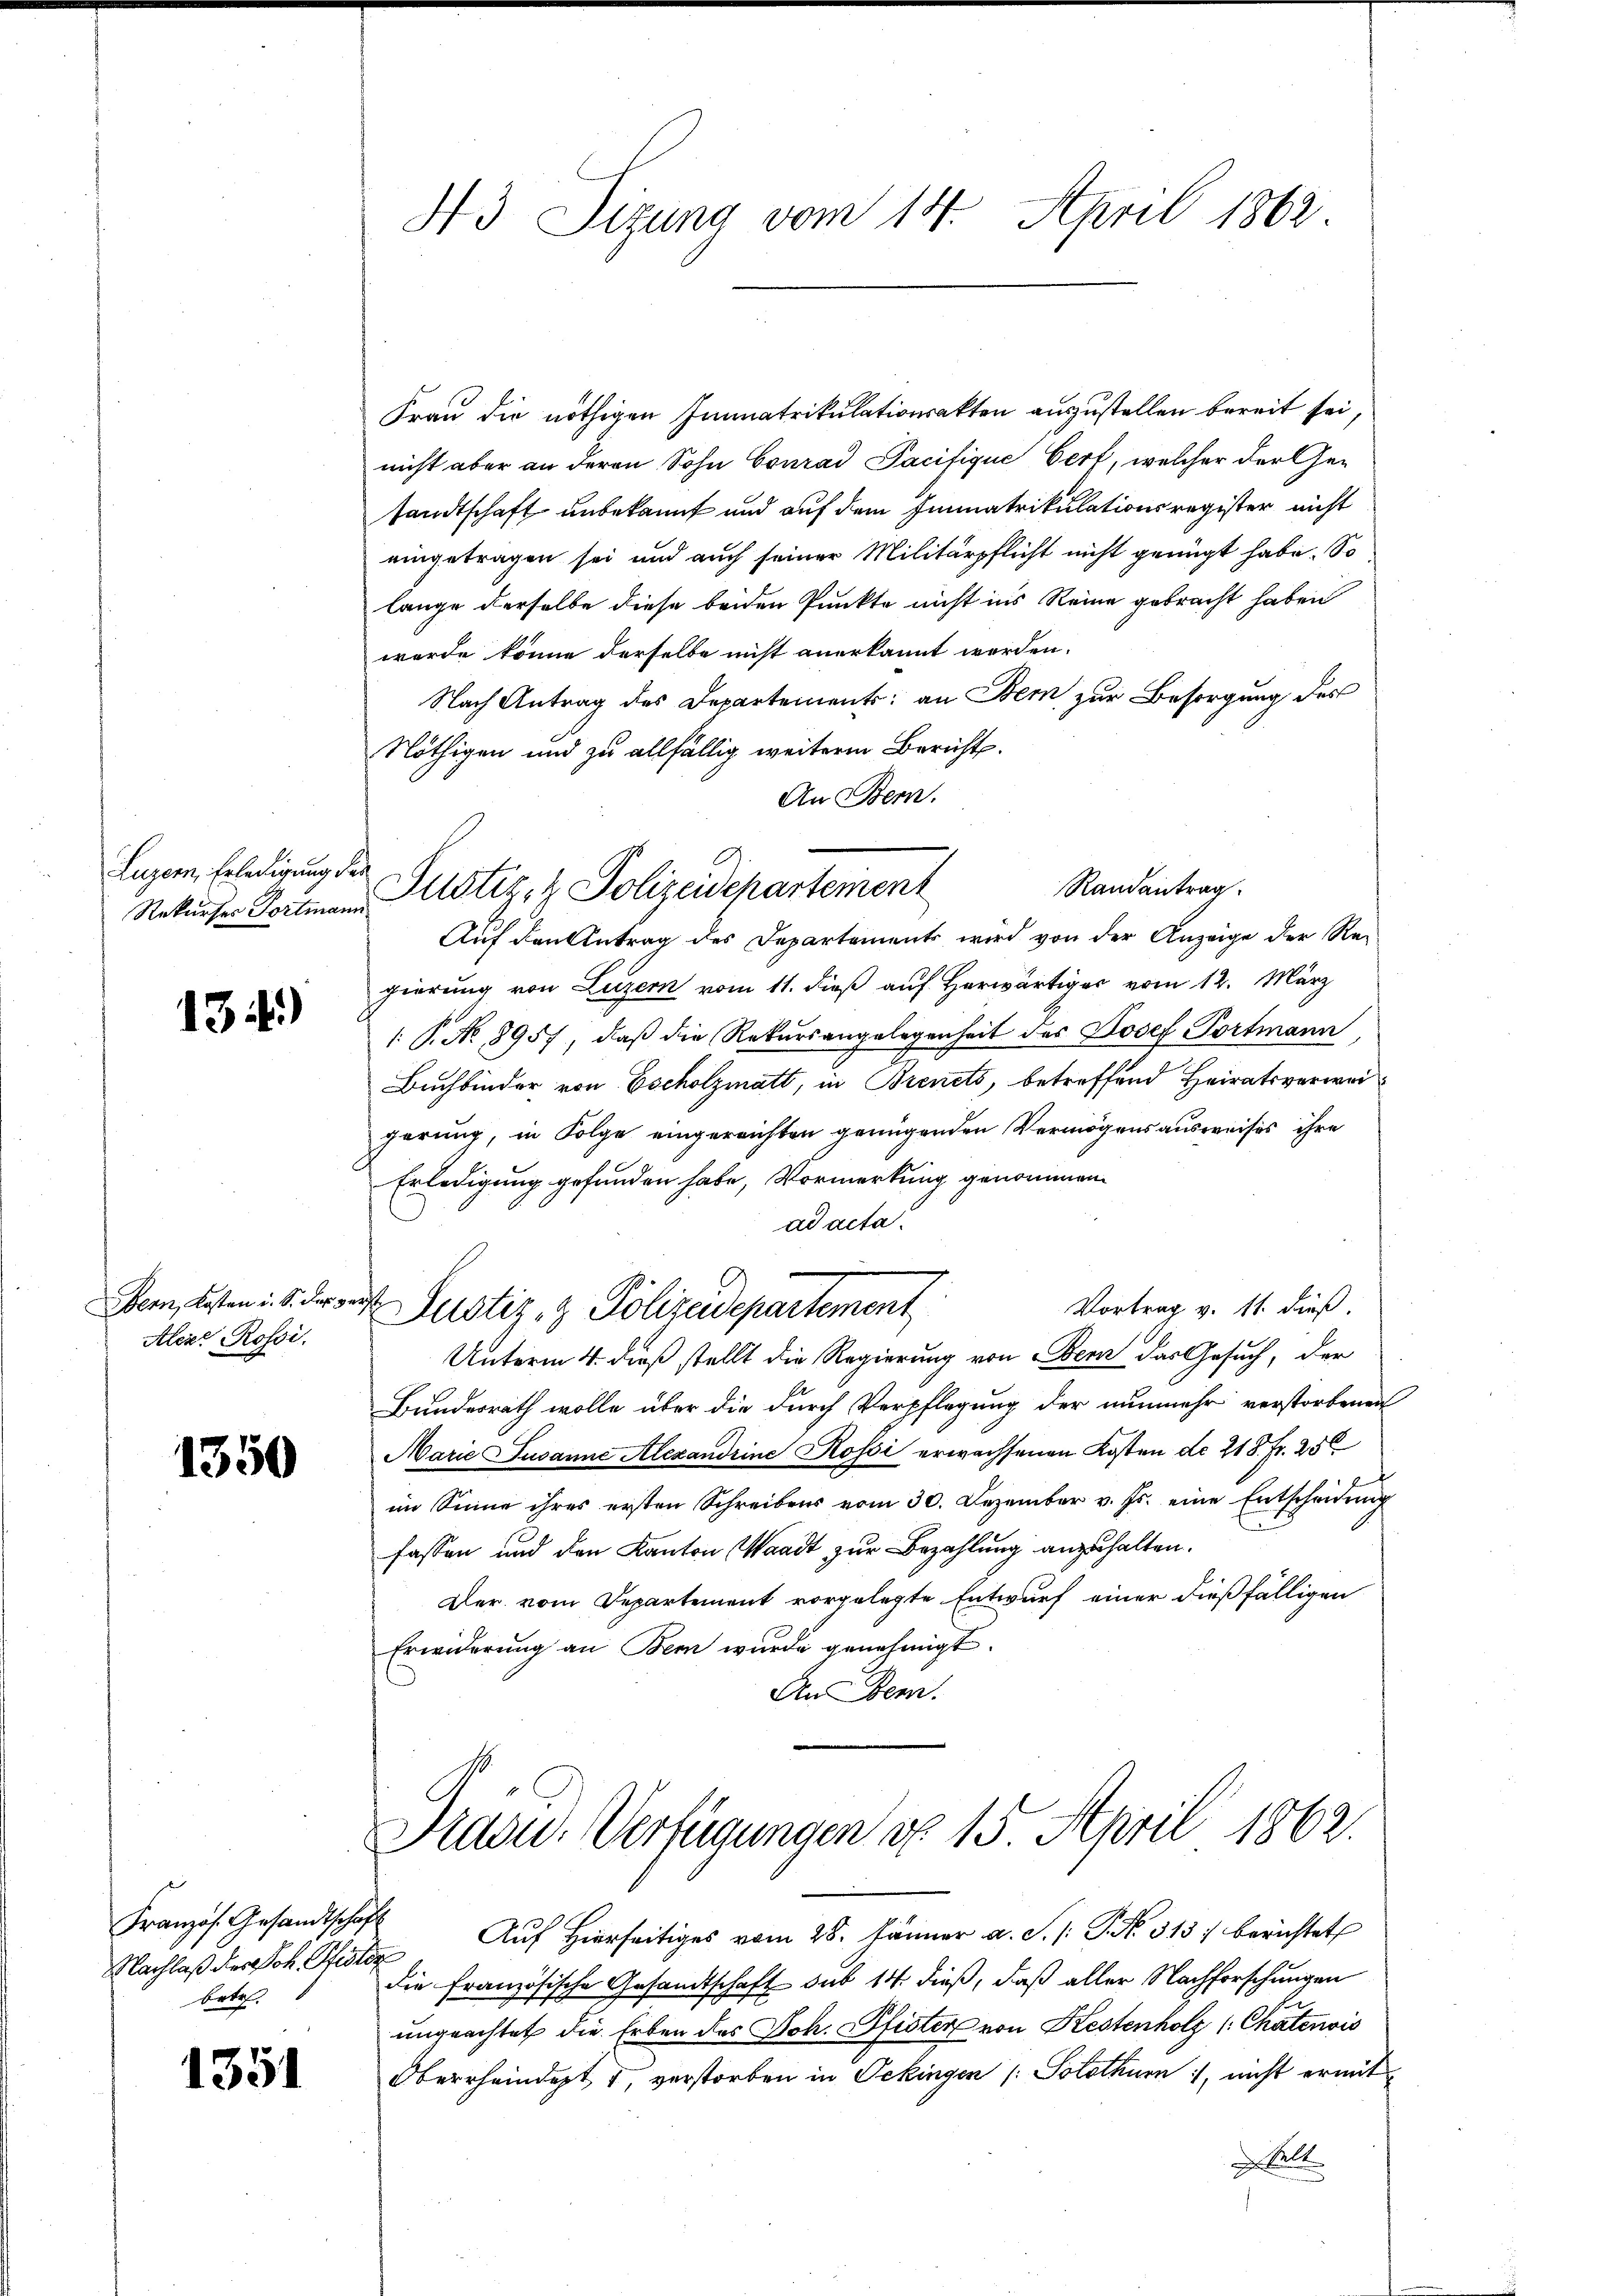
Luzern, Erledigung der

134)

Bern, Kosten i. S. der ge¬
Aleze Rossi.

1350

Französ. Gesandtschaft
Nachlaß der Joh. Pfister
betr.

1351

43 Sizung vom 14. April 1862.

Randantrag.
Rekurser Portmann Altstiz- & Polizeidepartement

Frau die nöthigen Immatrikulationsakten auszustellen bereit sei,
nicht aber an deren Sohn Conrad Pacifique Cerf, welcher der Gesandtschaft unbekannt und auf dem Immatrikulationsregister nicht
eingetragen sei und auch seiner Militärpflicht nicht genügt habe. So
lange derselbe diese beiden Punkte nicht ins Reine gebracht haben
wurde könne derselbe nicht anerkannt werden.
Nach Antrag des Departements: an Bem zur Besorgung des
Nöthigen und zu allfällig weitere Bericht.
An Bern.
Auf den Antrag des Departements wird von der Anzeige der Rei
gierung von Luzern vom 11. dieß auf Herwärtiger vom 12. März
/: P. No 8957, daß die Rekursangelegenheit des Josef Portmann
Buchbinder von Escholzmatt, in Brevets, betreffend Heiratsverwei
gerung, in Folge eingereichten genügenden Vermögensausweises ihre
Erledigung gefunden habe, Vormerkung genommen.
ad acta.
c
Vortrag v. 11. dieß.
Justiz- & Polizeidepartement
2
Unterm 4. dieß stellt die Regierung von Bern das Gesuch, der
Bundesrath wolle über die durch Verpflegung der nunmehr verstorbenen
Marie Susanne Alexandrine Rossi erwachsenen Kosten de 218. Fr. 25
im Sinne ihres ersten Schreibens vom 30. Dezember v. Js. eine Entscheidung
fassen und den Kanton Waadt zur Bezahlung anzuhalten.
Der vom Departement vorgelegte Entwurf einer dießfälligen
Erwiderung an Bern wurde genehmigt.
An Gem.
Didou. Verfügungen d. 15. April 1862.
Auf Hierseitiges vom 28. Jänner a. S. /: P. No. 313. berichtet
die französische Gesandtschaft sub 14. dieß, daß aller Nachforschungen
ungeachtet die Erben des Joh. Pfister von Kestenholz (Chatenvis
Oberrheindept 1, verstorben in Oekingen /: Solothurn , nicht ermitelt